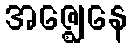
အဇ္ဈေနေ